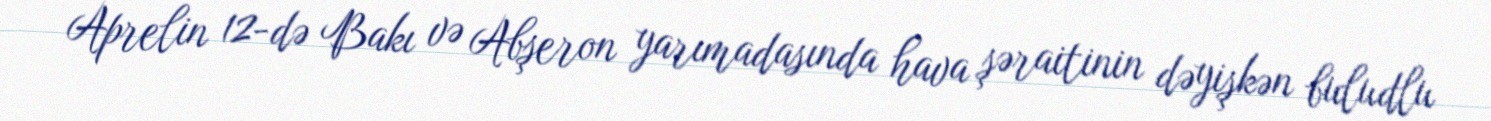
Aprelin 12-də Bakı və Abşeron yarımadasında hava şəraitinin dəyişkən buludlu